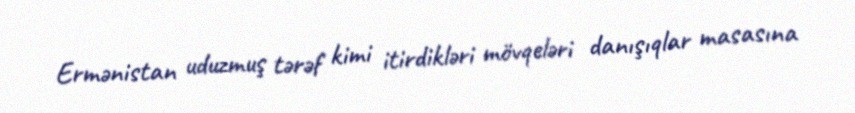
Ermənistan uduzmuş tərəf kimi itirdikləri mövqeləri danışıqlar masasına